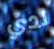
لدي